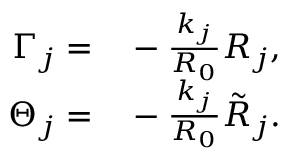
\begin{array} { r l } { \Gamma _ { j } = } & { { } - \frac { k _ { j } } { R _ { 0 } } R _ { j } , } \\ { \Theta _ { j } = } & { { } - \frac { k _ { j } } { R _ { 0 } } \tilde { R } _ { j } . } \end{array}